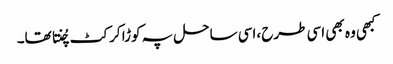
کبھی وہ بھی اسی طرح ،اسی ساحل پہ کوڑا کرکٹ چُنتا تھا۔